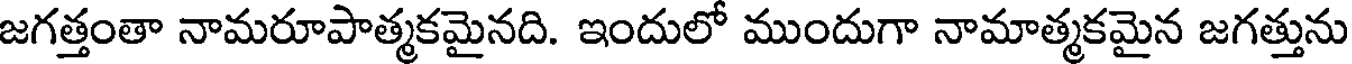
జగత్తంతా నామరూపాత్మకమైనది. ఇందులో ముందుగా నామాత్మకమైన జగత్తును